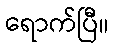
ရောက်ပြီ။